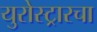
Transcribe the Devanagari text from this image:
युरोस्ट्रारचा